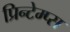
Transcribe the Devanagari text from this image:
प्रिन्टेम्प्स